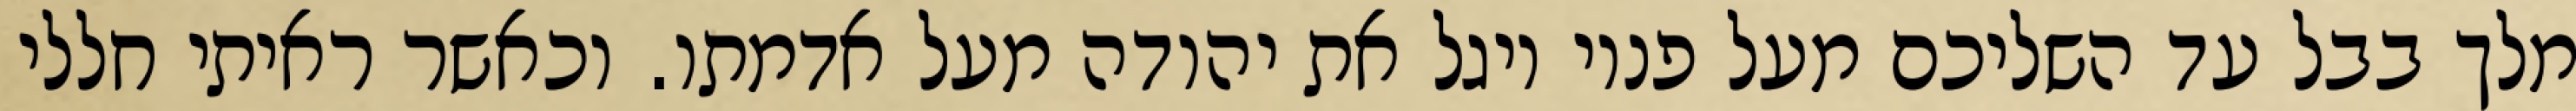
מלך בבל עד השליכם מעל פניו ויגל את יהודה מעל אדמתו. וכאשר ראיתי חללי